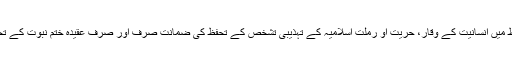
دوسرے الفاظ میں انسانیت کے وقار، حریت او رملت اسلامیہ کے تہذیبی تشخص کے تحفظ کی ضمانت صرف اور صرف عقیدہ ختم نبوت کے تحفظ میں ہے۔